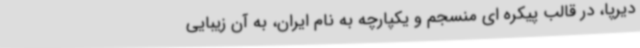
دیرپا، در قالب پیکره ای منسجم و یکپارچه به نام ایران، به آن زیبایی